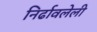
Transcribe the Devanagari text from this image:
निर्ढावलेली